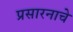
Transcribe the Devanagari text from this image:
प्रसारनाचे